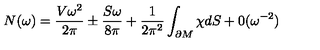
N ( \omega ) = \frac { V \omega ^ { 2 } } { 2 \pi } \pm \frac { S \omega } { 8 \pi } + \frac 1 { 2 \pi ^ { 2 } } \int _ { \partial M } \chi d S + 0 ( \omega ^ { - 2 } )